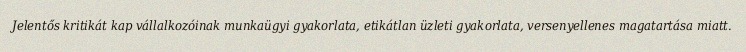
Jelentős kritikát kap vállalkozóinak munkaügyi gyakorlata, etikátlan üzleti gyakorlata, versenyellenes magatartása miatt.